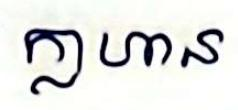
ក្លាហាន